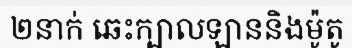
២នាក់ ឆេះក្បាលឡាននិងម៉ូតូ